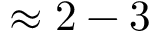
\approx 2 - 3